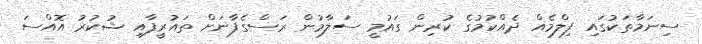
ސިނަމާތަކުގައި ފިލްމެއް ދެއްކުމުގެ ކުރިން ގައުމީ ސަލާމުން ރަސްގެފާނަށް ތައުރީފާއި ޝުކުރު އޮއްސަ